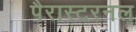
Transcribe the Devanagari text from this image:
पैरास्टरनल